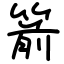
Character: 箭